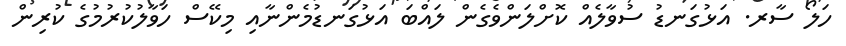
ހަލޯ ސާރ. އަޅުގަނޑު ސުވާލެއް ކޮށްލަންވެގެން ލައްބަ އަޅުގަނޑުމެންނާއި މިކޭސް ހަވާލުކުރުމުގެ ކުރިން